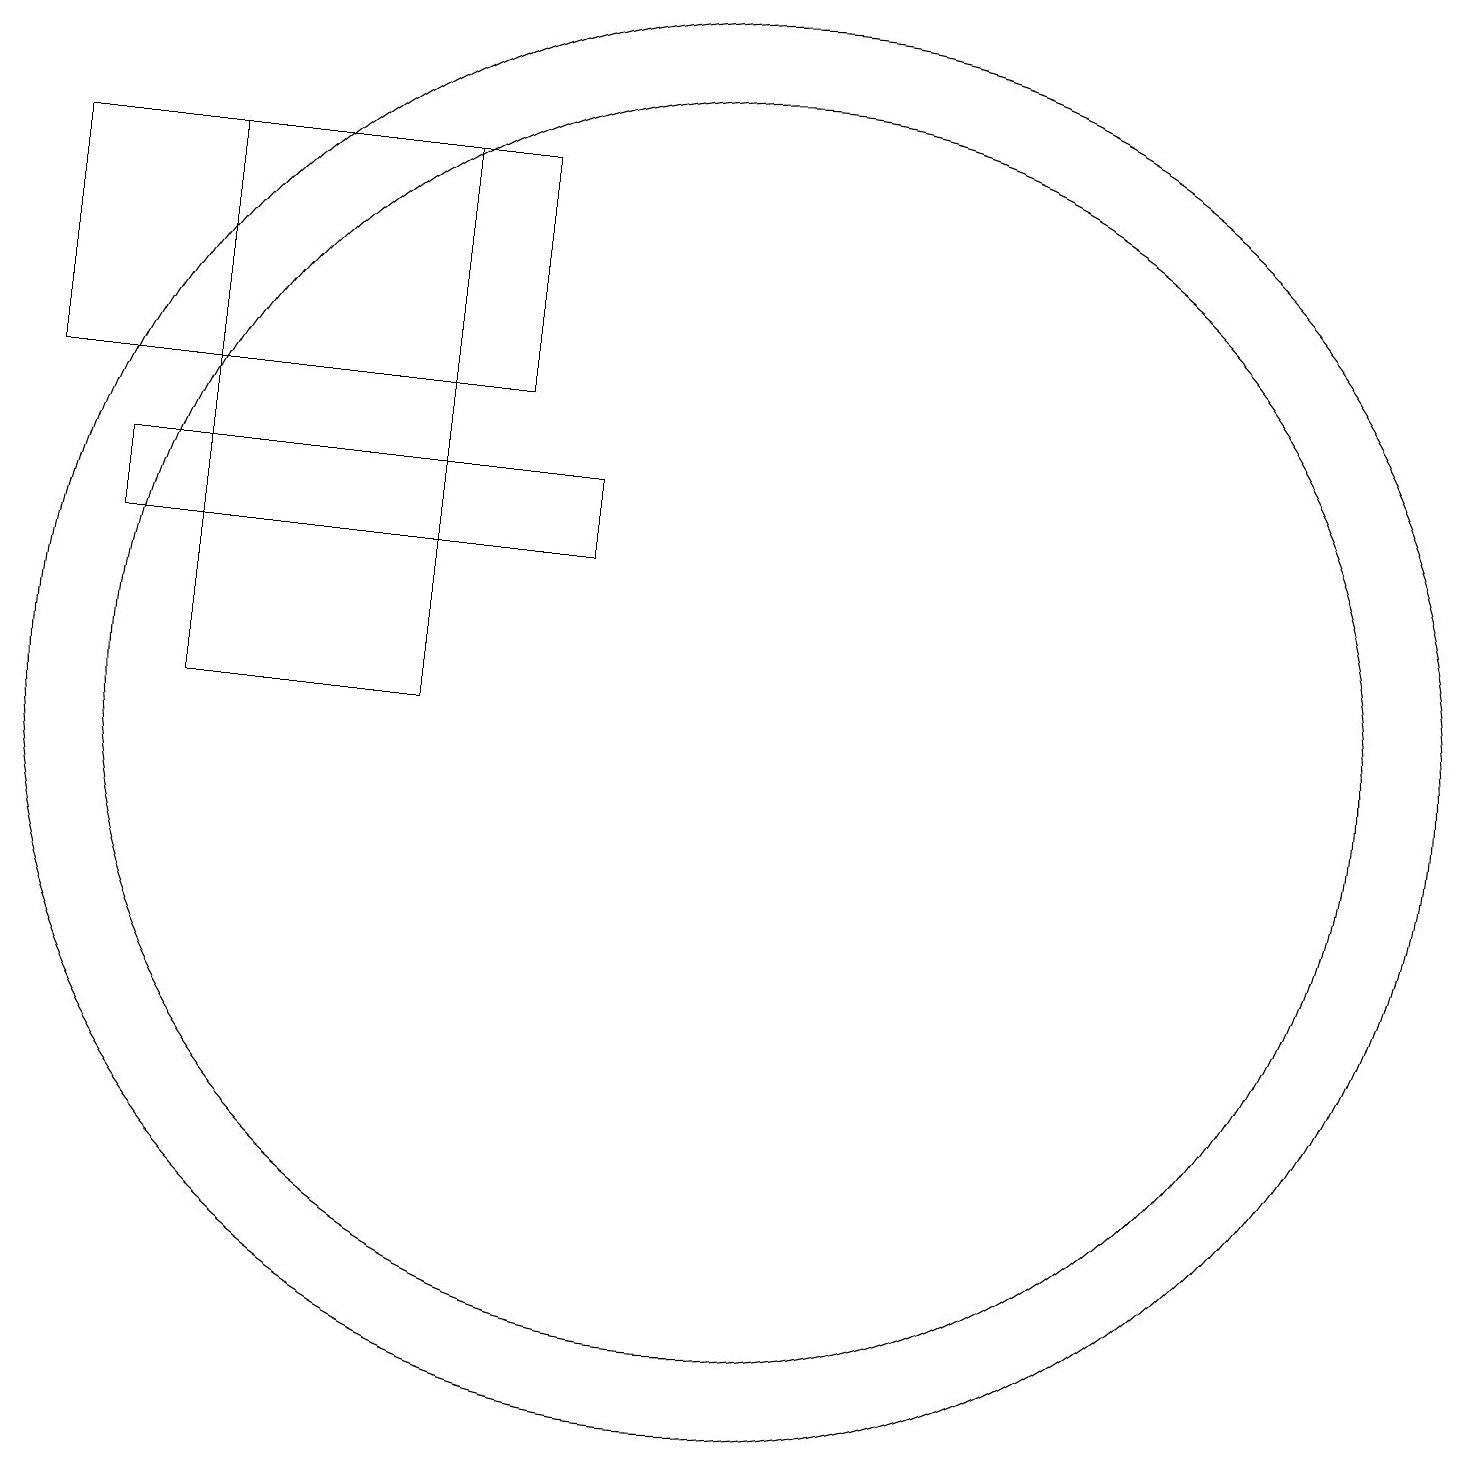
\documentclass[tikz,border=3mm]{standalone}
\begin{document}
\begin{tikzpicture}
\draw (7,17) rectangle (4,10);
\draw (2,14) rectangle (8,17);
\draw (3,12) rectangle (9,13);
\draw (11,10) circle (9);
\draw (11,10) circle (8);
\draw (11,11) circle (0);
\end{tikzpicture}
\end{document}